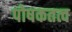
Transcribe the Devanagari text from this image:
पोषकतत्व